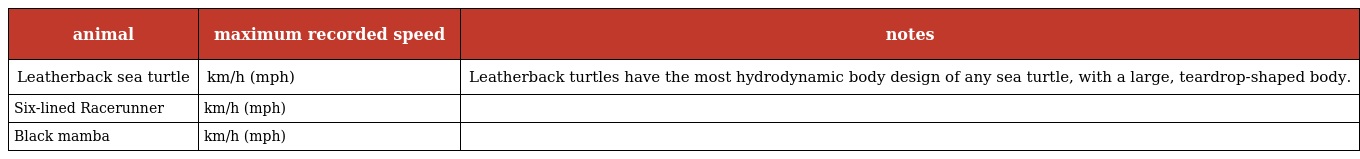
| animal | maximum recorded speed | notes |
 | --- | --- | --- |
 | Leatherback sea turtle | km/h (mph) | Leatherback turtles have the most hydrodynamic body design of any sea turtle, with a large, teardrop-shaped body. |
 | Six-lined Racerunner | km/h (mph) |  |
 | Black mamba | km/h (mph) |  |